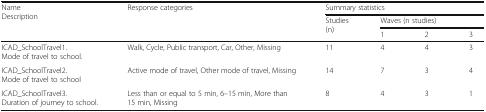
<table><thead><tr><td rowspan="3"><b>NameDescription</b></td><td rowspan="3"><b>Response categories</b></td><td colspan="4"><b>Summary statistics</b></td></tr><tr><td rowspan="2"><b>Studies (n)</b></td><td colspan="3"><b>Waves (n studies)</b></td></tr><tr><td><b>1</b></td><td><b>2</b></td><td><b>3</b></td></tr></thead><tbody><tr><td>ICAD_SchoolTravel1.Mode of travel to school.</td><td>Walk, Cycle, Public transport, Car, Other, Missing</td><td>11</td><td>4</td><td>4</td><td>3</td></tr><tr><td>ICAD_SchoolTravel2.Mode of travel to school</td><td>Active mode of travel, Other mode of travel, Missing</td><td>14</td><td>7</td><td>3</td><td>4</td></tr><tr><td>ICAD_SchoolTravel3.Duration of journey to school.</td><td>Less than or equal to 5 min, 6–15 min, More than 15 min, Missing</td><td>8</td><td>4</td><td>3</td><td>1</td></tr></tbody></table>